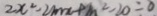
2 x ^ { 2 } - 2 m x + m ^ { 2 } - 2 0 = 0